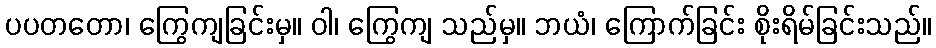
ပပတတော၊ ကြွေကျခြင်းမှ။ ဝါ၊ ကြွေကျ သည်မှ။ ဘယံ၊ ကြောက်ခြင်း စိုးရိမ်ခြင်းသည်။